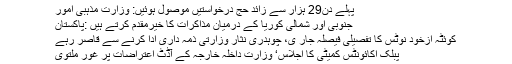
پہلے دن29 ہزار سے زائد حج درخواستیں موصول ہوئیں: وزارت مذہبی امور
جنوبی اور شمالی کوریا کے درمیان مذاکرات کا خیرمقدم کرتے ہیں :پاکستان
کوئٹہ ازخود نوٹس کا تفصیلی فیصلہ جار ی، چوہدری نثار وزارتی ذمہ داری ادا کرنے سے قاصر رہے
پبلک اکائونٹس کمیٹی کا اجلاس‘ وزارت داخلہ خارجہ کے آڈٹ اعتراضات پر غور ملتوی